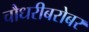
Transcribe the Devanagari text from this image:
चौधरीबरोबर